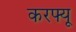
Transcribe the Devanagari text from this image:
करफ्यू